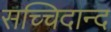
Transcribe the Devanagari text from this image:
सच्चिदान्द